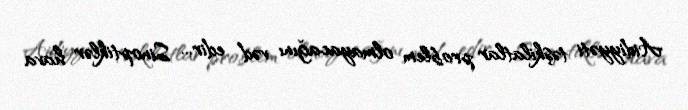
Aidiyyəti təşkilatlar problem olmayacağını vəd edir... Sinoptiklər hava